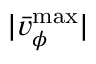
| \bar { v } _ { \phi } ^ { \operatorname* { m a x } } |